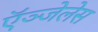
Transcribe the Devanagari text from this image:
ऍञ्जेलेस